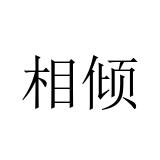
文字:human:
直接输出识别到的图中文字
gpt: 相倾